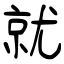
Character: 就